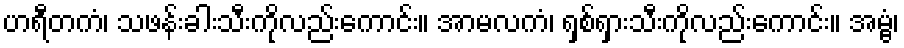
ဟရီတကံ၊ သဖန်းခါးသီးကိုလည်းကောင်း။ အာမလကံ၊ ရှစ်ရှားသီးကိုလည်းကောင်း။ အမ္ဗံ၊